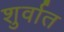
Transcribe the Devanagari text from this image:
शुर्वात